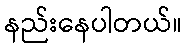
နည်းနေပါတယ်။